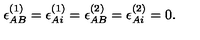
\epsilon _ { A B } ^ { ( 1 ) } = \epsilon _ { A i } ^ { ( 1 ) } = \epsilon _ { A B } ^ { ( 2 ) } = \epsilon _ { A i } ^ { ( 2 ) } = 0 .